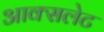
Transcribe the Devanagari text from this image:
आक्सलेट